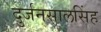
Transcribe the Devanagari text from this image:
दुर्जनसालसिंह